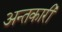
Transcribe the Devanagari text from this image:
अन्तकारी